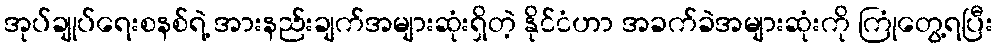
အုပ်ချုပ်ရေးစနစ်ရဲ့ အားနည်းချက်အများဆုံးရှိတဲ့ နိုင်ငံဟာ အခက်ခဲအများဆုံးကို ကြုံတွေ့ရပြီး